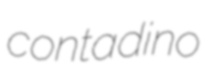
contadino